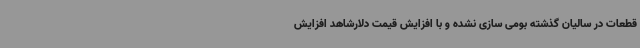
قطعات در سالیان گذشته بومی سازی نشده و با افزایش قیمت دلارشاهد افزایش